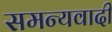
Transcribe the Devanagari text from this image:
समन्यवादी